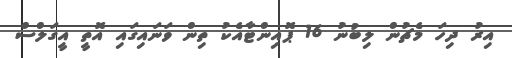
އިރު ދިހަ މެޗުން ލިބުނު 16 ޕޮއިންޓާއެކު ތިން ވަނައިގައި އޮތީ އީގަލްސް